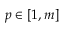
p \in [ 1 , m ]